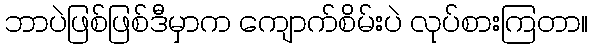
ဘာပဲဖြစ်ဖြစ်ဒီမှာက ကျောက်စိမ်းပဲ လုပ်စားကြတာ။